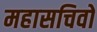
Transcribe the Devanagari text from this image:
महासचिवों